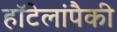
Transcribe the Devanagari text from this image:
हॉटेलांपैकी